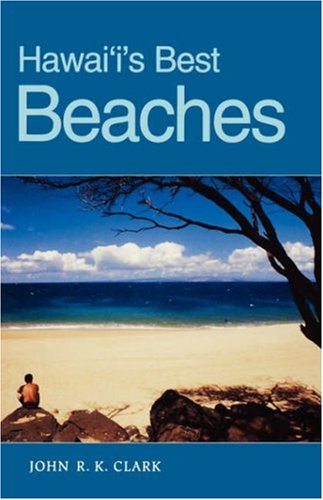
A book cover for Hawaii's Best Beaches; John R. K. Clark; Travel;